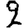
Digit: 2